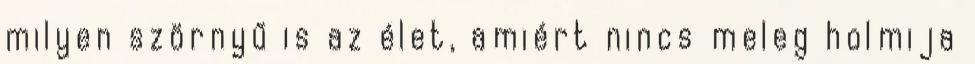
milyen szörnyű is az élet, amiért nincs meleg holmija